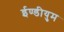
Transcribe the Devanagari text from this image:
ईण्डीयुम